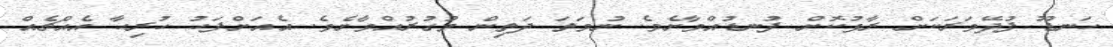
ހަނޑޫ ފުދޭވަރަކަށް ރާޅުކޮށް ފުނޑުއްވާށެވެ. ނުވަތަ ދަތިން މުގުރުއްވާށެވެ. އެއަށްފަހު ހުރިހާ އެއްޗެއް